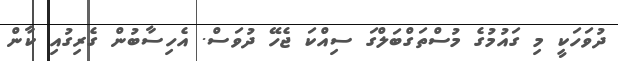
ދުވަހަކީ މި ގައުމުގެ މުސްތަގްބަލްގަ ސިއްކަ ޖެހޭ ދުވަސް. އެހިސާބުން ގެރިގުއި ކާން